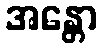
အန္တော